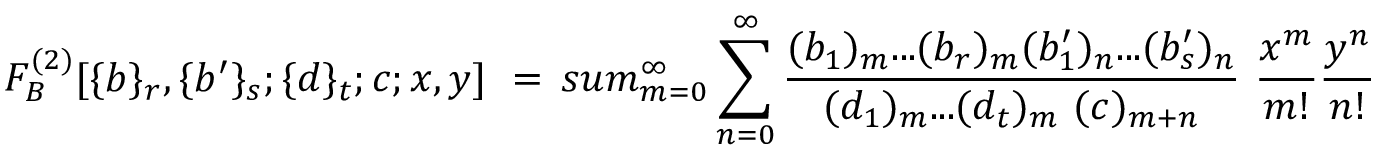
F _ { B } ^ { ( 2 ) } [ \{ b \} _ { r } , \{ b ^ { \prime } \} _ { s } ; \{ d \} _ { t } ; c ; x , y ] \ = \, s u m _ { m = 0 } ^ { \infty } \sum _ { n = 0 } ^ { \infty } \frac { ( b _ { 1 } ) _ { m } . . . ( b _ { r } ) _ { m } ( b _ { 1 } ^ { \prime } ) _ { n } . . . ( b _ { s } ^ { \prime } ) _ { n } } { ( d _ { 1 } ) _ { m } . . . ( d _ { t } ) _ { m } \ ( c ) _ { m + n } } \ \frac { x ^ { m } } { m ! } \frac { y ^ { n } } { n ! }